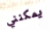
يمكنني